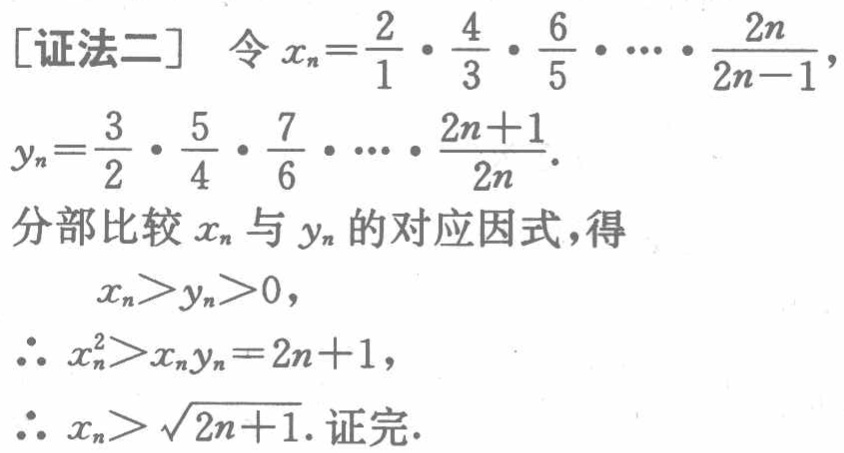
[证法二] 令 \(x_{n}=\frac{2}{1} \cdot \frac{4}{3} \cdot \frac{6}{5} \cdots \frac{2n}{2n - 1}\),
\(y_{n}=\frac{3}{2} \cdot \frac{5}{4} \cdot \frac{7}{6} \cdots \frac{2n + 1}{2n}\).
分部比较 \(x_{n}\) 与 \(y_{n}\) 的对应因式，得
\(x_{n}>y_{n}>0\),
\(\therefore x_{n}^{2}>x_{n}y_{n}=2n + 1\),
\(\therefore x_{n}>\sqrt{2n + 1}\). 证完.